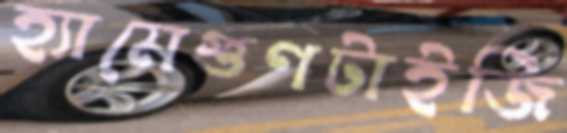
হ্যামেগুণটাইজি